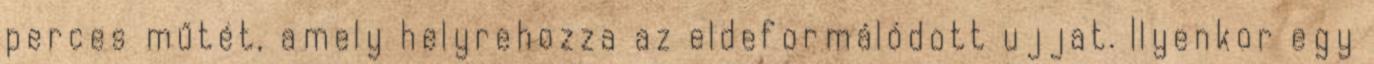
perces műtét, amely helyrehozza az eldeformálódott ujjat. Ilyenkor egy